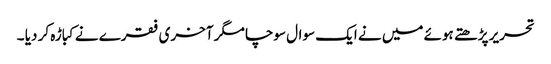
تحریر پڑھتے ہوئے میں نے ایک سوال سوچا مگر آخری فقرے نے کباڑہ کر دیا ۔